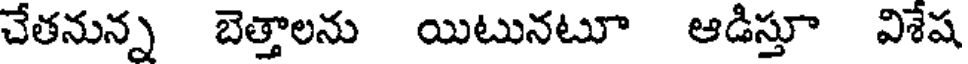
చేతనున్న బెత్తాలను యిటునటూ ఆడిస్తూ విశేష